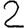
Digit: 2